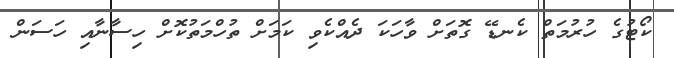
ކޯޓުގެ ހުރުމަތް ކެނޑޭ ގޮތަށް ވާހަކަ ދެއްކެވި ކަމަށް ތުހްމަތުކޮށް ހިސާނާއި ހަސަން